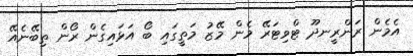
އެމެން ރަންރީނދޫ ޓްވިޓަރޭ މެން މޭޒު މަތީގައި ބޯ އަޅައިގެން ރޯން ތިބޭނެއޭ